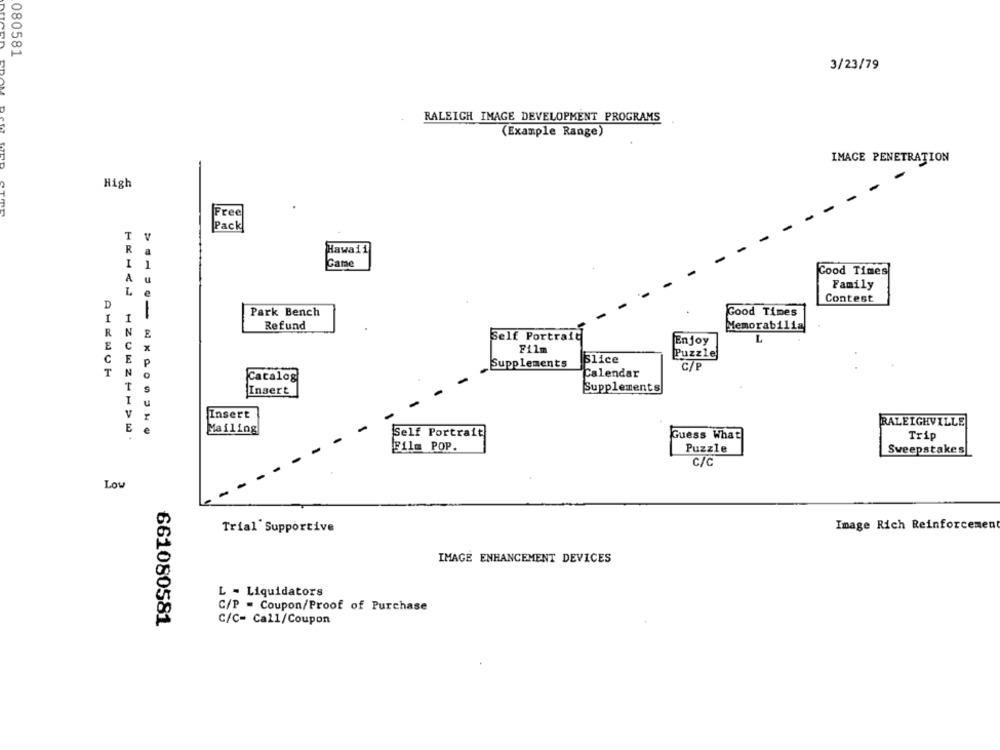
080581
3/23/79
RALEIGH IMAGE DEVELOPMENT PROGRAMS
(Example Range)
IMAGE PENETRATION
High
Free
Pack
T
R
Hawaii
I
Came
A
Good Times
Family
L
Contest
D
Park Bench
Good Times
I
1
Refund
Memorabilia
R
N
Self Portrait
E
C
Enjoy
L
Film
C
E
Slice
Puzzlej
P
Supplements
C/P
T
N
Calendar
Catalog
Insert
Supplements
I
Insert
E
RALEIGHVILLE
Mailing
Self Portrait
Guess What
Trip
Film POP.
Puzzle
Sweepstakes
C/C
Low
Image Rich Reinforcement
Trial' Supportive
IMAGE ENHANCEMENT DEVICES
L - Liquidators
C/P = Coupon/Proof of Purchase
661080581
C/C= Call/Coupon